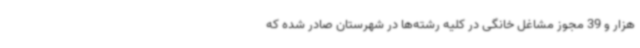
هزار و 39 مجوز مشاغل خانگی در کلیه رشته‌ها در شهرستان صادر شده که